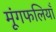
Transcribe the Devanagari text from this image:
मूंगफलियाँ